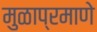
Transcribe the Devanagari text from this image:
मुळाप्रमाणे